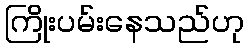
ကြိုးပမ်းနေသည်ဟု